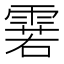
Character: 𮦝